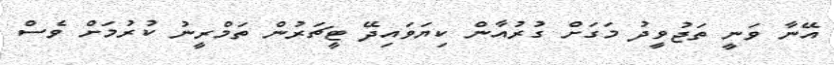
އޭނާ ވަނީ ތަޖުވީދު މަގަށް ގުރުއާން ކިޔަވައިދޭ ޓީޗަރުން ތަމްރީނު ކުރުމަށް ވެސް